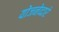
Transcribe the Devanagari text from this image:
योजनेव्दारे